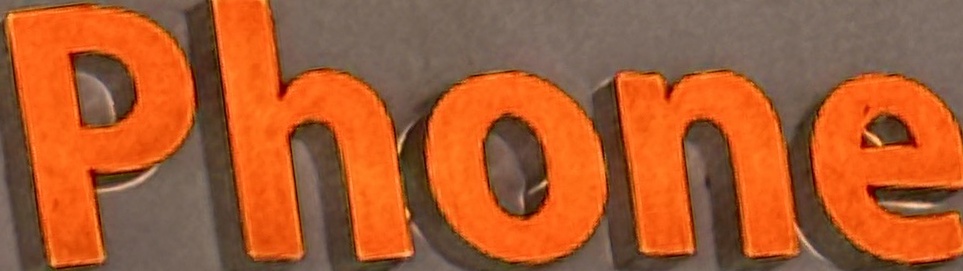
Phone